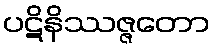
ပဋိနိဿဇ္ဇတော